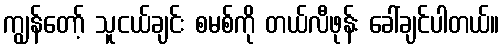
ကျွန်တော့် သူငယ်ချင်း စမစ်ကို တယ်လီဖုန်း ခေါ်ချင်ပါတယ်။